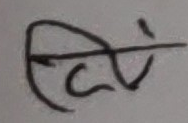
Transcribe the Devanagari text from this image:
पिढी